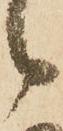
候